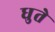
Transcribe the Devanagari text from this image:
धुते